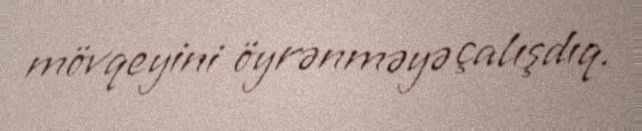
mövqeyini öyrənməyə çalışdıq.